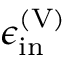
\epsilon _ { \mathrm { i n } } ^ { \mathrm { ( V ) } }